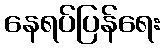
နေရပ်ပြန်ရေး